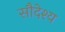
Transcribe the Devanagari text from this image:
सौदेश्य